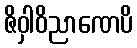
ဇိဝှါဝိညာဏေပိ